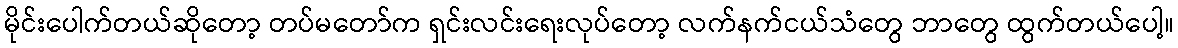
မိုင်းပေါက်တယ်ဆိုတော့ တပ်မတော်က ရှင်းလင်းရေးလုပ်တော့ လက်နက်ငယ်သံတွေ ဘာတွေ ထွက်တယ်ပေါ့။